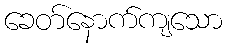
ခေတ်နောက်ကျသော